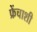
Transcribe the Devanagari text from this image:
फ्रेंचाशी